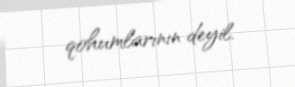
qohumlarının deyil.